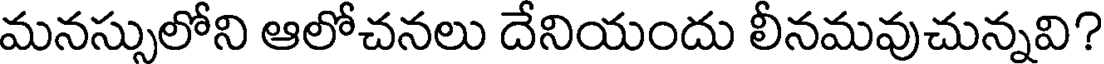
మనస్సులోని ఆలోచనలు దేనియందు లీనమవుచున్నవి?